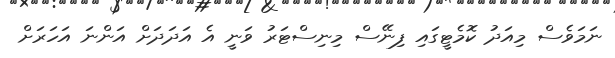
ނަމަވެސް މިއަދު ކޮމެޓީގައި ފިނޭސް މިނިސްޓަރު ވަނީ އެ އަދަދަށް އަންނަ އަހަރަށް